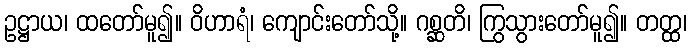
ဥဋ္ဌာယ၊ ထတော်မူ၍။ ဝိဟာရံ၊ ကျောင်းတော်သို့။ ဂစ္ဆတိ၊ ကြွသွားတော်မူ၍။ တတ္ထ၊